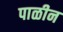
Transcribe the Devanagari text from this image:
पाळीन